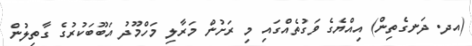
(އދ. ދަނގެތިން) އިއްޔެގެ ވަގުތެއްގައި މި ރަށުން މަރާލި މަހްމޫދު އަބޫބަކުރުގެ ގާތިލުން